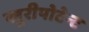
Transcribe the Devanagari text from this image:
प्लूरीपोटेन्ट